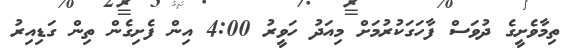
ތިމާވެށީގެ ދުވަސް ފާހަގަކުރުމަށް މިއަދު ހަވީރު 4:00 އިން ފެށިގެން ތިން ގަޑިއިރު